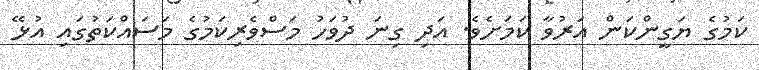
ކަމުގެ ޔަގީންކަން އަރުވާ ކަމަށެވެ. އަދި ގިނަ ދުވަހު މަސްވެރިކަމުގެ މަސައްކަތުގައި އުޅޭ